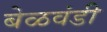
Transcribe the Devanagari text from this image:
बेळवंडी